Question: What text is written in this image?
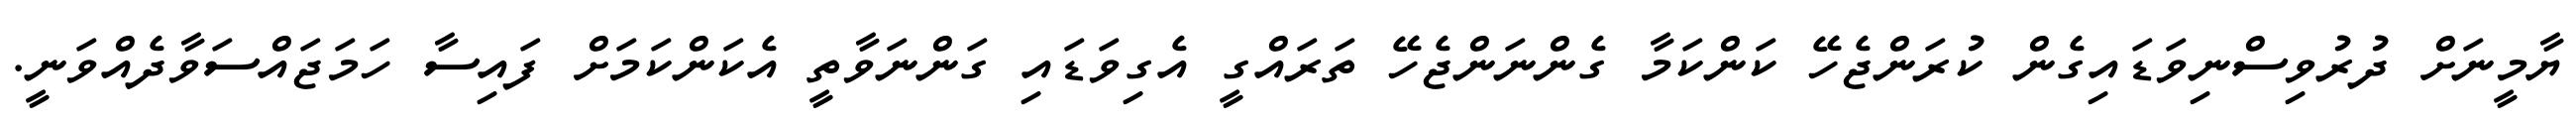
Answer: ޔާމީނަށް ދުރުވިސްނިވަޑައިގެން ކުރަންޖެހޭ ކަންކަމާ ގެންނަންޖެހޭ ތަރައްގީ އެގިވަޑައި ގަންނަވާތީ އެކަންކަމަށް ފައިސާ ހަމަޖައްސަވާދެއްވަނީ.